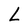
Character: L